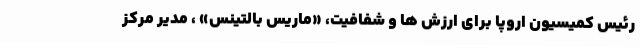
رئیس کمیسیون اروپا برای ارزش ها و شفافیت، «ماریس بالتینس» ، مدیر مرکز